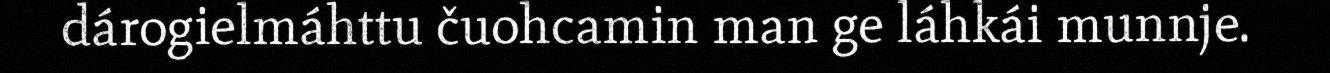
dárogielmáhttu čuohcamin man ge láhkái munnje.